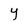
Character: Y